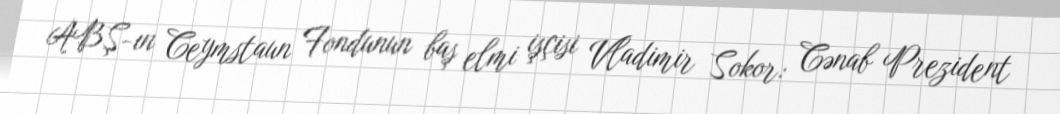
ABŞ-ın Ceymstaun Fondunun baş elmi işçisi Vladimir Sokor: Cənab Prezident